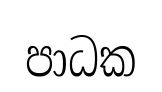
පාධක